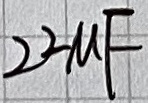
Text: 22µF